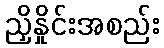
ညှိနှိုင်းအစည်း